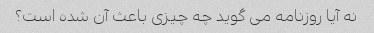
نه آیا روزنامه می گوید چه چیزی باعث آن شده است؟